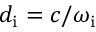
d _ { \mathrm { i } } = c / \omega _ { \mathrm { i } }